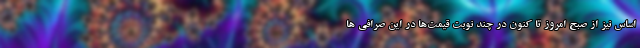
اساس نیز از صبح امروز تا کنون در چند نوبت قیمت‌ها در این صرافی ها